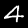
Digit: 4